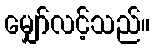
မျှော်လင့်သည်။